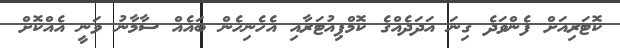
ކޮޓަރިއަށް ފެންވަދެ ގިނަ އަދަދެއްގެ ކޮމްޕިއުޓަރާއި އެހެނިހެން ބައެއް ސާމާނު ވަނީ އެއްކޮށް